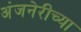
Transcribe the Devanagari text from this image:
अंजनेरीच्या